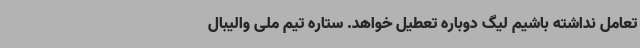
تعامل نداشته باشیم لیگ دوباره تعطیل خواهد. ستاره تیم ملی والیبال